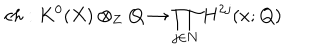
c h : K ^ { 0 } ( X ) \otimes _ { \bf Z } { \bf Q } \to \prod _ { j \in { \bf N } } H ^ { 2 j } ( x ; { \bf Q } )